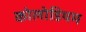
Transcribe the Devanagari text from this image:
कोलोडियम